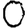
Digit: 0